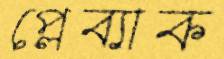
প্লেব্যাক